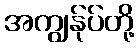
အကျွန်ုပ်တို့